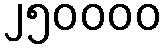
၂၅၀၀၀၀